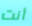
أنت